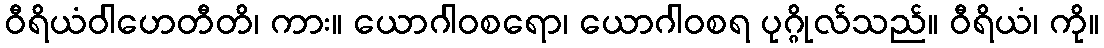
ဝီရိယံဝါဟေတီတိ၊ ကား။ ယောဂါဝစရော၊ ယောဂါဝစရ ပုဂ္ဂိုလ်သည်။ ဝီရိယံ၊ ကို။